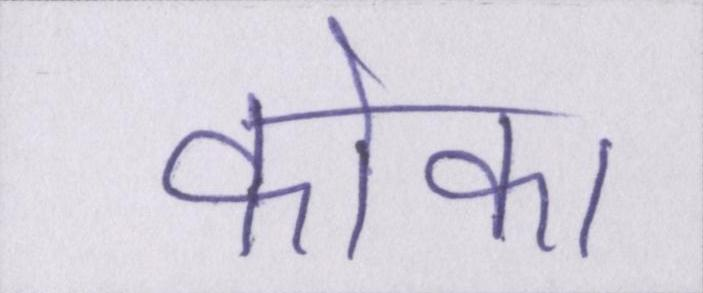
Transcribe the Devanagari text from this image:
कोका